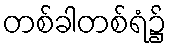
တစ်ခါတစ်ရံ၌